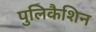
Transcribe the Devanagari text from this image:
पुलिकैशिन